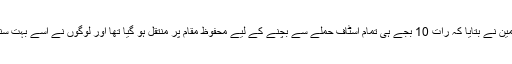
لیفٹیننٹ کرنل کولیمین نے بتایا کہ رات 10 بجے ہی تمام اسٹاف حملے سے بچنے کے لیے محفوظ مقام پر منتقل ہو گیا تھا اور لوگوں نے اسے بہت سنجیدگی سے لیا تھا۔